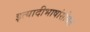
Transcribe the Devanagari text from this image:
इत्यादीभाषांसोबत